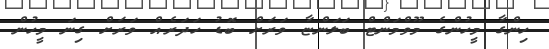
ހިންގާ މީހުންގެ މޫވްމަންޓް ބަލަންޏާ ވަރަށް ބޮޑު ހަދަރެއް ވަރަށް ގިނަ މީހުން